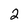
Character: 2